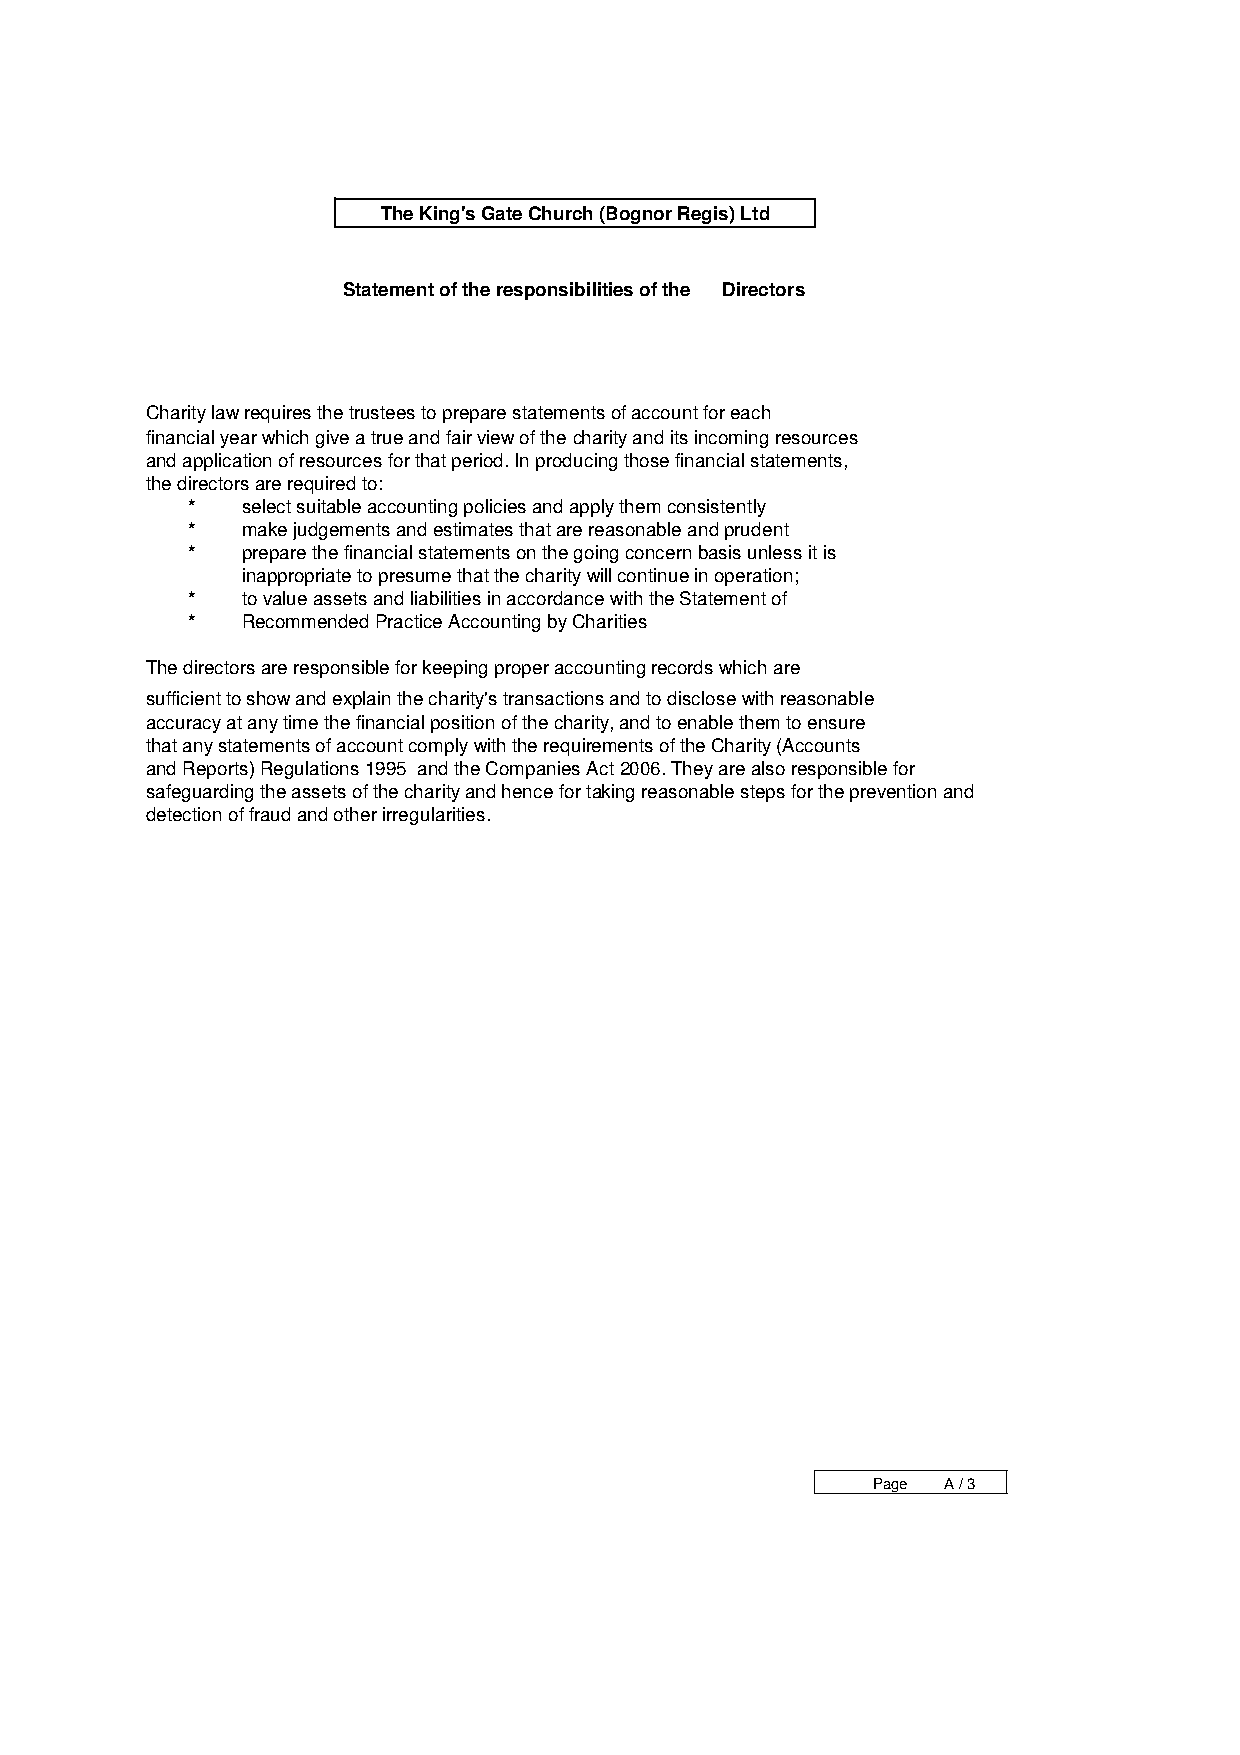
The King's Gate Church (Bognor Regis) Ltd
 Statement of the responsibilities of the Directors
 Charity law requires the trustees to prepare statements of account for each
 financial year which give a true and fair view of the charity and its incoming resources
 and application of resources for that period. In producing those financial statements,
 the directors are required to:
 *   select suitable accounting policies and apply them consistently
 *   make judgements and estimates that are reasonable and prudent
 *   prepare the financial statements on the going concern basis unless it is
 inappropriate to presume that the charity will continue in operation;
 *   to value assets and liabilities in accordance with the Statement of
 *   Recommended Practice Accounting by Charities
 The directors are responsible for keeping proper accounting records which are
 sufficient to show and explain the charity's transactions and to disclose with reasonable
 accuracy at any time the financial position of the charity, and to enable them to ensure
 that any statements of account comply with the requirements of the Charity (Accounts
 and Reports) Regulations 1995 and the Companies Act 2006. They are also responsible for
 safeguarding the assets of the charity and hence for taking reasonable steps for the prevention and
 detection of fraud and other irregularities.
 Page A / 3